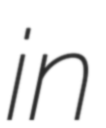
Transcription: in